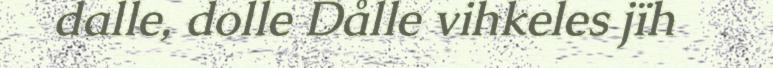
dalle, dolle Dålle vihkeles jïh